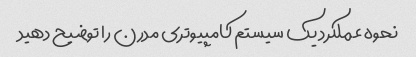
نحوه عملکرد یک سیستم کامپیوتری مدرن را توضیح دهید